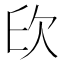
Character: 𣢔